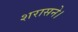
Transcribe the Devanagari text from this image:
शरासने।